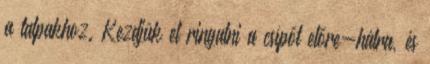
a talpakhoz. Kezdjük el ringatni a csípőt előre-hátra, és